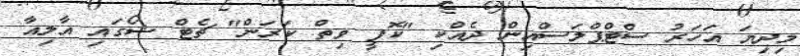
މިދިޔަ އަހަރު ސްޓްޕްލަސްއިން ދެއްކި "ކޮފީ ވިތް ކަރަން" ޗެޓް ޝޯގައި އާލިއާ